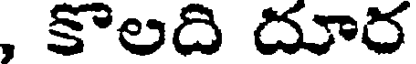
, కొలది దూర